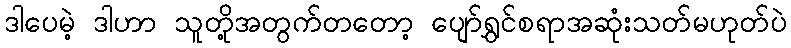
ဒါပေမဲ့ ဒါဟာ သူတို့အတွက်တတော့ ပျော်ရွှင်စရာအဆုံးသတ်မဟုတ်ပဲ